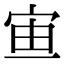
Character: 𡧹